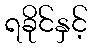
ရခိုင်နှင့်